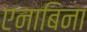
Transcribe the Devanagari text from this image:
एनाबिना